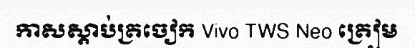
កាសស្តាប់ត្រចៀក Vivo TWS Neo ត្រៀម